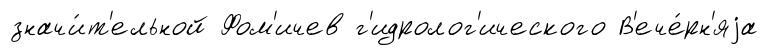
значи́т'ельной Фом'ичев г'идролог'ического В'ече́рн'яjа